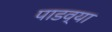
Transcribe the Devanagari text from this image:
पाडव्या